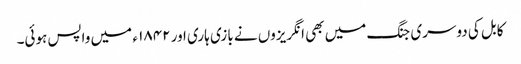
کابل کی دوسری جنگ میں بھی انگریزوں نے بازی ہاری اور ۱۸۴۲ ء میں واپس ہوئی۔